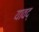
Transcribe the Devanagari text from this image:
यावद्